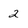
Character: 2